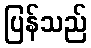
ပြန်သည်